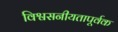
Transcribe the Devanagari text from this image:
विश्वसनीयतापूर्वक